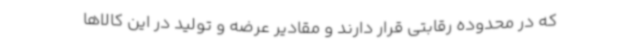
که در محدوده رقابتی قرار دارند و مقادیر عرضه و تولید در این کالاها